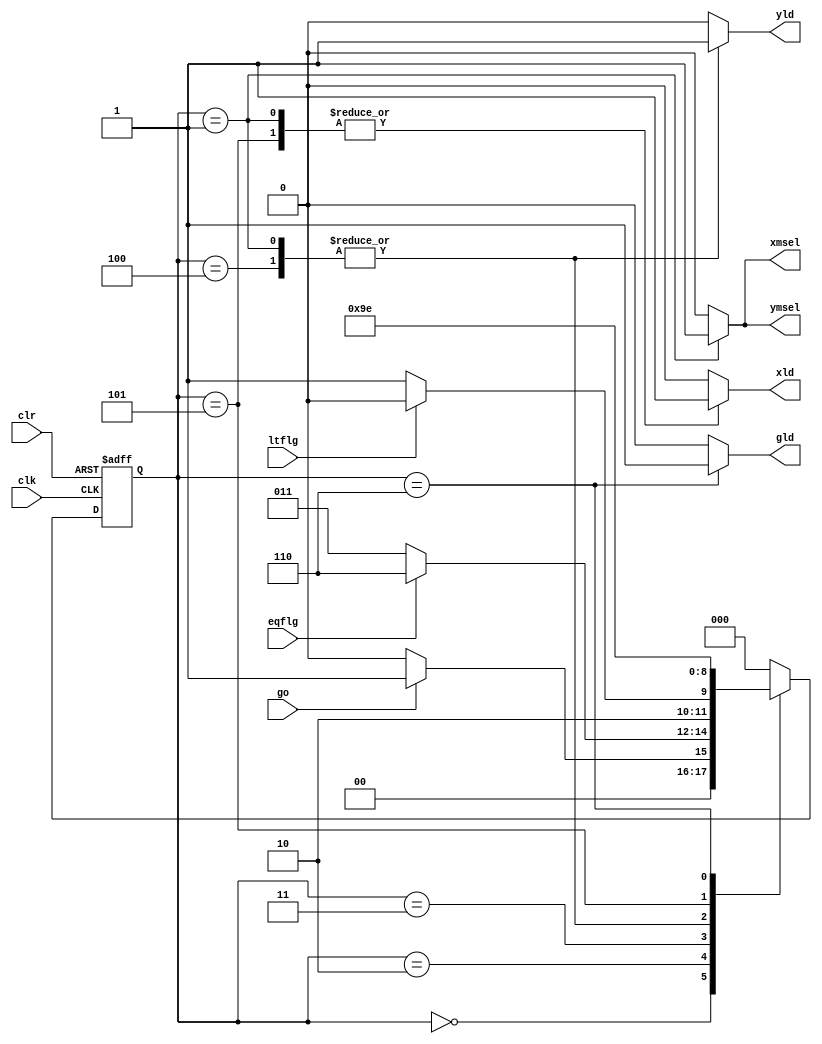
`timescale 1ns / 1ps
//////////////////////////////////////////////////////////////////////////////////
// Company: 
// Engineer: 
// 
// Design Name: 
// Module Name: gcd_controlpath
// Project Name: 
// Target Devices: 
// Tool Versions: 
// Description: 
// 
// Dependencies: 
// 
// Revision:
// Revision 0.01 - File Created
// Additional Comments:
// 
//////////////////////////////////////////////////////////////////////////////////


module gcd_controlpath(
input wire clk,
input wire clr,
input wire go,
input wire eqflg,
input wire ltflg,
output reg xmsel=0,
output reg ymsel=0,
output reg xld=0,
output reg yld=0,
output reg gld=0
    );
reg[2:0]ps=0,ns;
parameter start=3'b000,input1=3'b001,test1=3'b010,test2=3'b011,update1=3'b100,update2=3'b101,done=3'b110;
always@(posedge clk or posedge clr)
begin
if(clr==1)
ps<=start;
else
ps<=ns;
end
always@(*)
begin
case(ps)
start:if(go==1)
ns=input1;
else
ns=start;
input1:ns=test1;
test1:if(eqflg==1)
ns=done;
else
ns=test2;
test2:if(ltflg==1)
ns=update1;
else
ns=update2;
update1:ns=test1;
update2:ns=test2;
done:ns=done;
default:ns=start;
endcase
end
always@(*)
begin
xld=0;yld=0;gld=0;
xmsel=0;ymsel=0;
case(ps)
input1:begin
xld=1;yld=1;xmsel=1;ymsel=1;
end
update1:yld=1;
update2:xld=1;
done:gld=1;
default;
endcase
end

endmodule